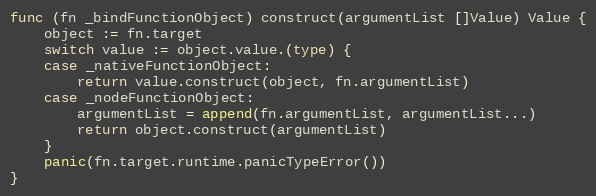
Language: Go
func (fn _bindFunctionObject) construct(argumentList []Value) Value {
	object := fn.target
	switch value := object.value.(type) {
	case _nativeFunctionObject:
		return value.construct(object, fn.argumentList)
	case _nodeFunctionObject:
		argumentList = append(fn.argumentList, argumentList...)
		return object.construct(argumentList)
	}
	panic(fn.target.runtime.panicTypeError())
}